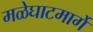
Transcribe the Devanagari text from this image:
मळेघाटमार्गे